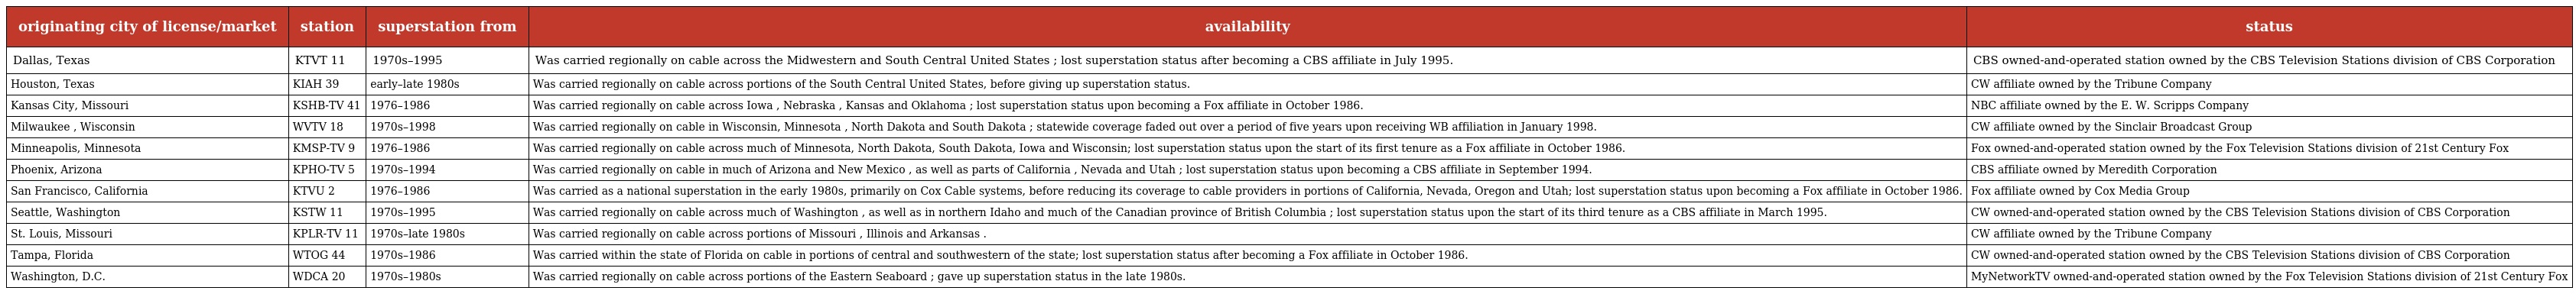
| originating city of license/market | station | superstation from | availability | status |
 | --- | --- | --- | --- | --- |
 | Dallas, Texas | KTVT 11 | 1970s–1995 | Was carried regionally on cable across the Midwestern and South Central United States ; lost superstation status after becoming a CBS affiliate in July 1995. | CBS owned-and-operated station owned by the CBS Television Stations division of CBS Corporation |
 | Houston, Texas | KIAH 39 | early–late 1980s | Was carried regionally on cable across portions of the South Central United States, before giving up superstation status. | CW affiliate owned by the Tribune Company |
 | Kansas City, Missouri | KSHB-TV 41 | 1976–1986 | Was carried regionally on cable across Iowa , Nebraska , Kansas and Oklahoma ; lost superstation status upon becoming a Fox affiliate in October 1986. | NBC affiliate owned by the E. W. Scripps Company |
 | Milwaukee , Wisconsin | WVTV 18 | 1970s–1998 | Was carried regionally on cable in Wisconsin, Minnesota , North Dakota and South Dakota ; statewide coverage faded out over a period of five years upon receiving WB affiliation in January 1998. | CW affiliate owned by the Sinclair Broadcast Group |
 | Minneapolis, Minnesota | KMSP-TV 9 | 1976–1986 | Was carried regionally on cable across much of Minnesota, North Dakota, South Dakota, Iowa and Wisconsin; lost superstation status upon the start of its first tenure as a Fox affiliate in October 1986. | Fox owned-and-operated station owned by the Fox Television Stations division of 21st Century Fox |
 | Phoenix, Arizona | KPHO-TV 5 | 1970s–1994 | Was carried regionally on cable in much of Arizona and New Mexico , as well as parts of California , Nevada and Utah ; lost superstation status upon becoming a CBS affiliate in September 1994. | CBS affiliate owned by Meredith Corporation |
 | San Francisco, California | KTVU 2 | 1976–1986 | Was carried as a national superstation in the early 1980s, primarily on Cox Cable systems, before reducing its coverage to cable providers in portions of California, Nevada, Oregon and Utah; lost superstation status upon becoming a Fox affiliate in October 1986. | Fox affiliate owned by Cox Media Group |
 | Seattle, Washington | KSTW 11 | 1970s–1995 | Was carried regionally on cable across much of Washington , as well as in northern Idaho and much of the Canadian province of British Columbia ; lost superstation status upon the start of its third tenure as a CBS affiliate in March 1995. | CW owned-and-operated station owned by the CBS Television Stations division of CBS Corporation |
 | St. Louis, Missouri | KPLR-TV 11 | 1970s–late 1980s | Was carried regionally on cable across portions of Missouri , Illinois and Arkansas . | CW affiliate owned by the Tribune Company |
 | Tampa, Florida | WTOG 44 | 1970s–1986 | Was carried within the state of Florida on cable in portions of central and southwestern of the state; lost superstation status after becoming a Fox affiliate in October 1986. | CW owned-and-operated station owned by the CBS Television Stations division of CBS Corporation |
 | Washington, D.C. | WDCA 20 | 1970s–1980s | Was carried regionally on cable across portions of the Eastern Seaboard ; gave up superstation status in the late 1980s. | MyNetworkTV owned-and-operated station owned by the Fox Television Stations division of 21st Century Fox |